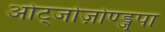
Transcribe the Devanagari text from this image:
ओट्जोज़ोण्ड्जुपा